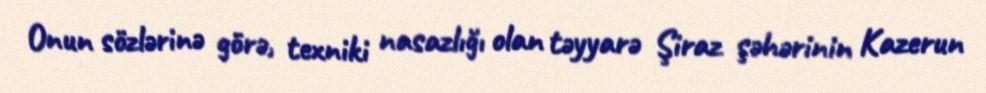
Onun sözlərinə görə, texniki nasazlığı olan təyyarə Şiraz şəhərinin Kazerun